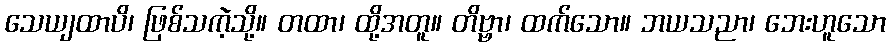
သေယျထာပိ၊ ဖြစ်သကဲ့သို့။ တထာ၊ ထို့အတူ။ တိဗ္ဗာ၊ ထက်သော။ ဘယသညာ၊ ဘေးဟူသော